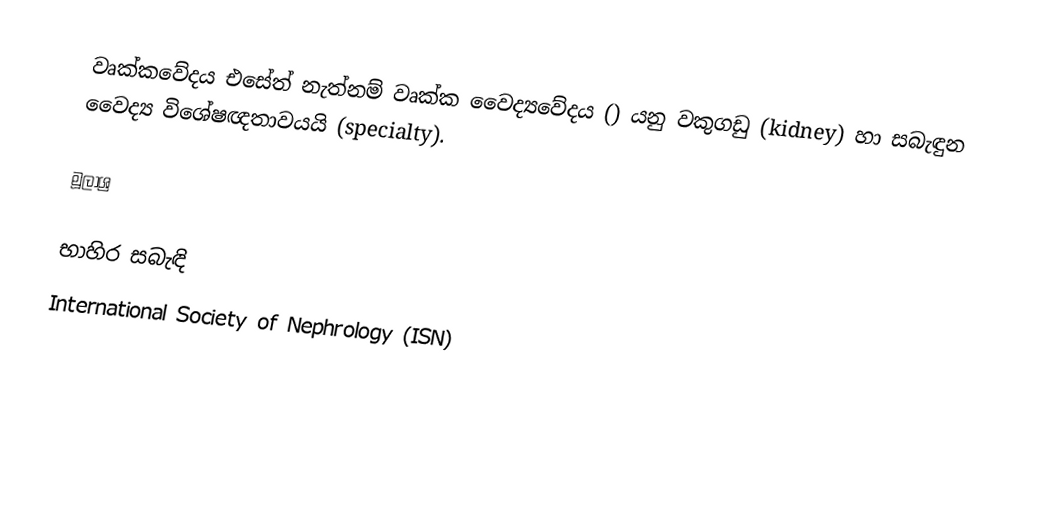
වෘක්කවේදය එසේත් නැත්නම් වෘක්ක වෛද්‍යවේදය () යනු වකුගඩු (kidney) හා සබැඳුන වෛද්‍ය විශේෂඥතාවයයි (specialty).

මූලාශ්‍ර

භාහිර සබැඳි
 International Society of Nephrology (ISN)